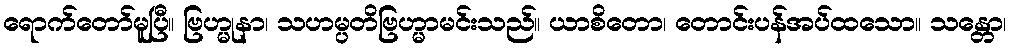
ရောက်တော်မူပြီ။ ဗြဟ္မုနာ၊ သဟမ္ပတိဗြဟ္မာမင်းသည်။ ယာစိတော၊ တောင်းပန်အပ်ထသော။ သန္တော၊